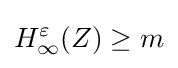
H_{\infty }^{\varepsilon }(Z)\geq m